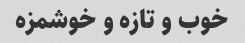
خوب و تازه و خوشمزه